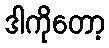
ဒါကိုတော့